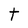
Character: t